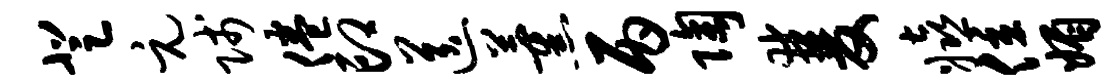
登元贱倦印送薰丙陶双嬉位媚